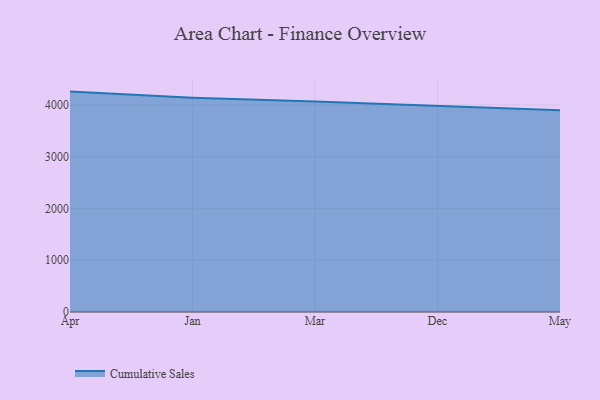
{"axis": {"x": "Month", "y": "Waste Production (Tons)"}, "legend": ["Cumulative Sales"], "data": [{"x": "Apr", "y": 4257.0, "type": "Cumulative Sales"}, {"x": "Jan", "y": 4138.6, "type": "Cumulative Sales"}, {"x": "Mar", "y": 4065.1, "type": "Cumulative Sales"}, {"x": "Dec", "y": 3980.1, "type": "Cumulative Sales"}, {"x": "May", "y": 3898.9, "type": "Cumulative Sales"}]}